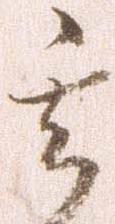
其